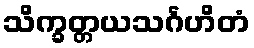
သိက္ခတ္တယသင်္ဂဟိတံ